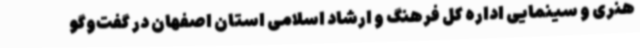
هنری و سینمایی اداره کل فرهنگ و ارشاد اسلامی استان اصفهان در گفت‌وگو